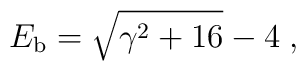
E_{\rm b} = \sqrt{\gamma\sp 2 + 16} - 4 \;,